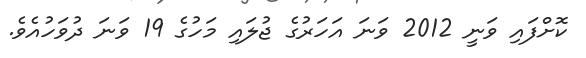
ކޮށްފައި ވަނީ 2012 ވަނަ އަހަރުގެ ޖުލައި މަހުގެ 19 ވަނަ ދުވަހުއެވެ.